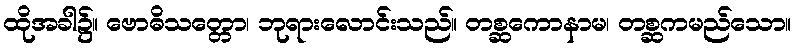
ထိုအခါ၌။ ဗောဓိသတ္တော၊ ဘုရားလောင်းသည်။ တစ္ဆကောနာမ၊ တစ္ဆကမည်သော။